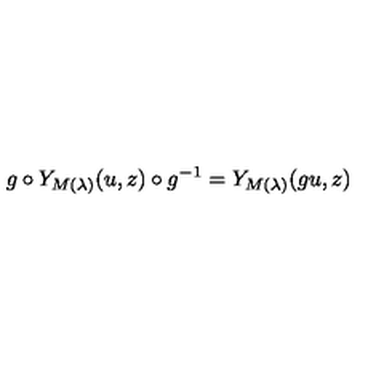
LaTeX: g \circ Y _ { M ( \lambda ) } ( u , z ) \circ g ^ { - 1 } = Y _ { M ( \lambda ) } ( g u , z )